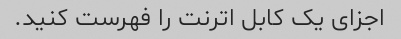
اجزای یک کابل اترنت را فهرست کنید.